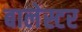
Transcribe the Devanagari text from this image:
बालेस्टर